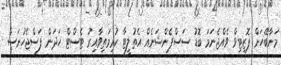
މަނާބޭހަށް ޕޮޒިޓިވް ވެއްޖެނަމަ ބޮޑު ސަސްޕެންޝަނެއް އެތުލީޓާ ކުރިމަތިވާއިރު ޓެސްޓް ހަދަން ފަސްޖެހުނަސް